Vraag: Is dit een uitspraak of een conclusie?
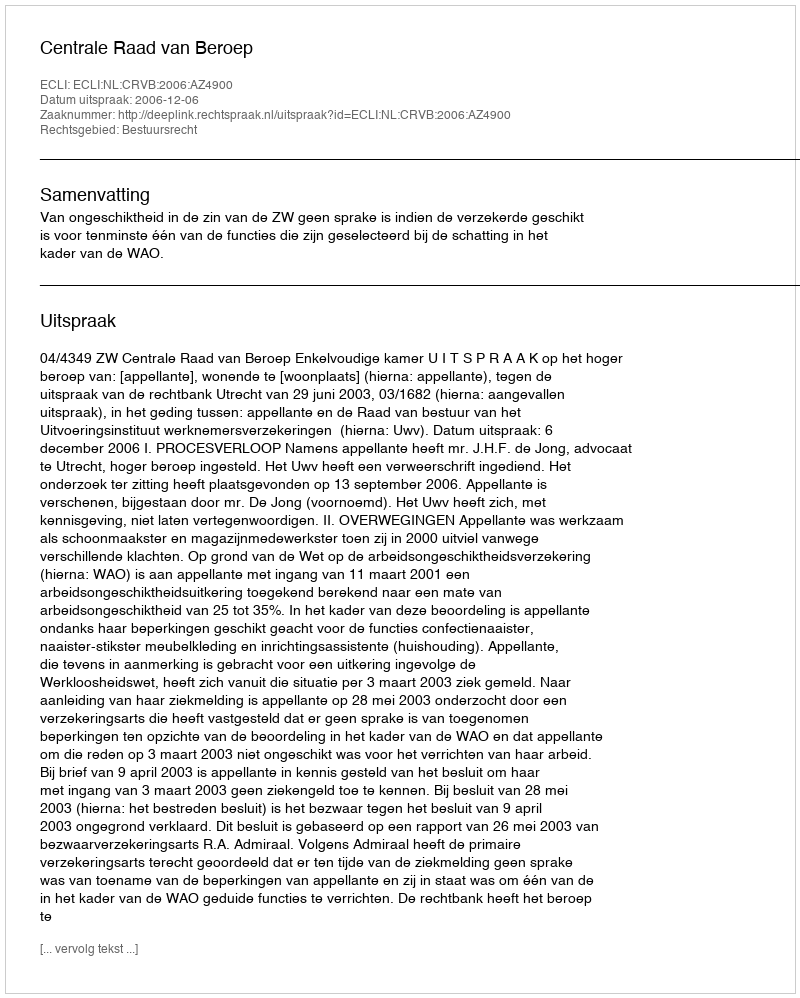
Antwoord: Uitspraak